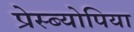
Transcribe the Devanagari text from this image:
प्रेस्ब्योपिया